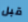
قبل